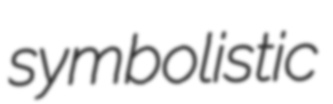
symbolistic